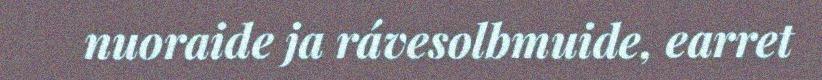
nuoraide ja rávesolbmuide, earret